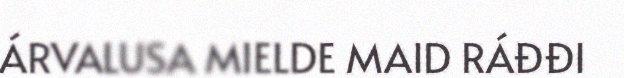
ÁRVALUSA MIELDE MAID RÁĐĐI